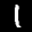
Label: 1